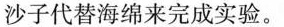
沙子代替海绵来完成实验。